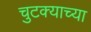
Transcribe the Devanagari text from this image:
चुटक्याच्या